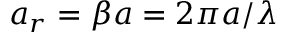
a _ { r } = \beta a = 2 \pi a / \lambda